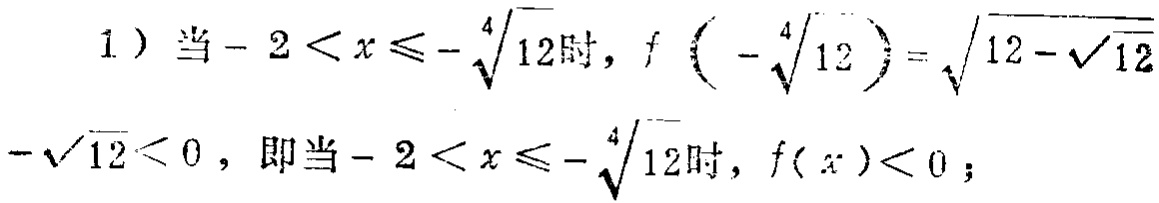
1) 当\(-2 < x \leq - \sqrt[4]{12}\)时，\(f\left(-\sqrt[4]{12}\right)=\sqrt{12 - \sqrt{12}}- \sqrt{12}<0\)，即当\(-2 < x \leq - \sqrt[4]{12}\)时，\(f(x)<0\)；